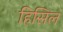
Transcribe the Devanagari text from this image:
हिसिल